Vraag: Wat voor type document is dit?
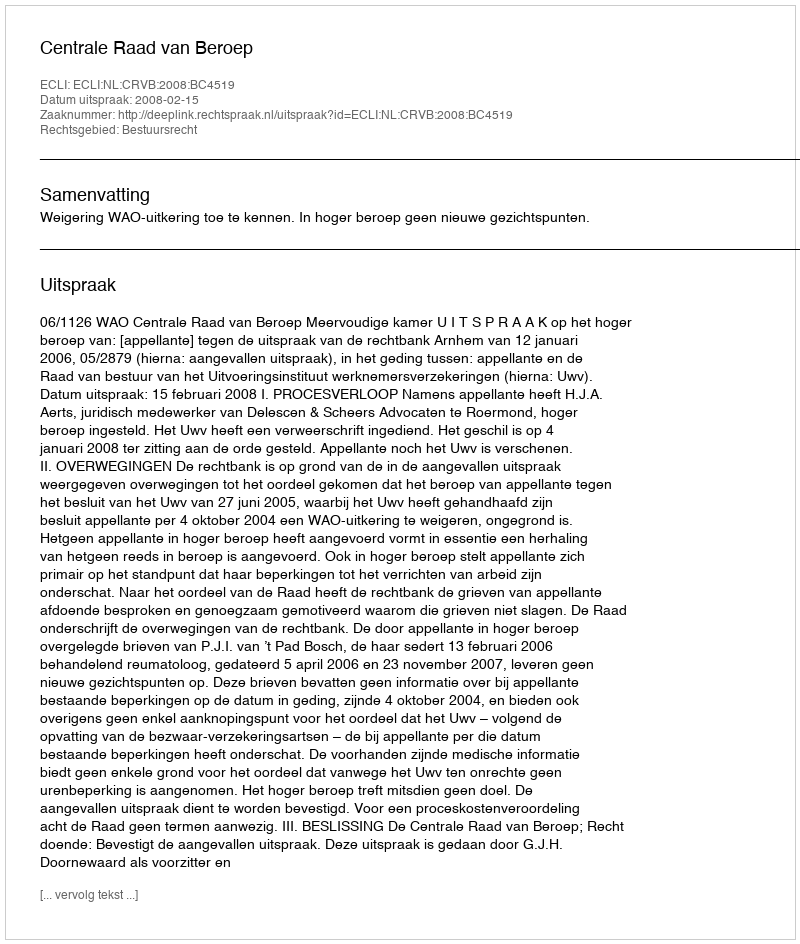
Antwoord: Uitspraak